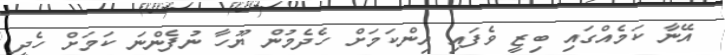
އޭނާ ކަމެއްގައި ބިޒީ ވެފައި އިންކަމަށް ހެދެމުން ޔޫހާ ނުފެންނަ ކަމަށް ހެދީ